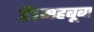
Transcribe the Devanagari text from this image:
हैं।महबूबा